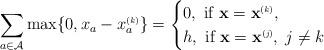
LaTeX: \begin{align*} \sum_{a \in \mathcal{A}}\max\{0, x_a - x^{\mbox{\tiny \upshape (\itshape k\upshape)}}_a\} = \begin{cases} 0, \mbox{ if } \mathbf{x} = \mathbf{x}^{\mbox{\tiny \upshape (\itshape k\upshape)}}, \\h, \mbox{ if } \mathbf{x} = \mathbf{x}^{\mbox{\tiny \upshape (\itshape j\upshape)}}, \; j \neq k\end{cases}\end{align*}